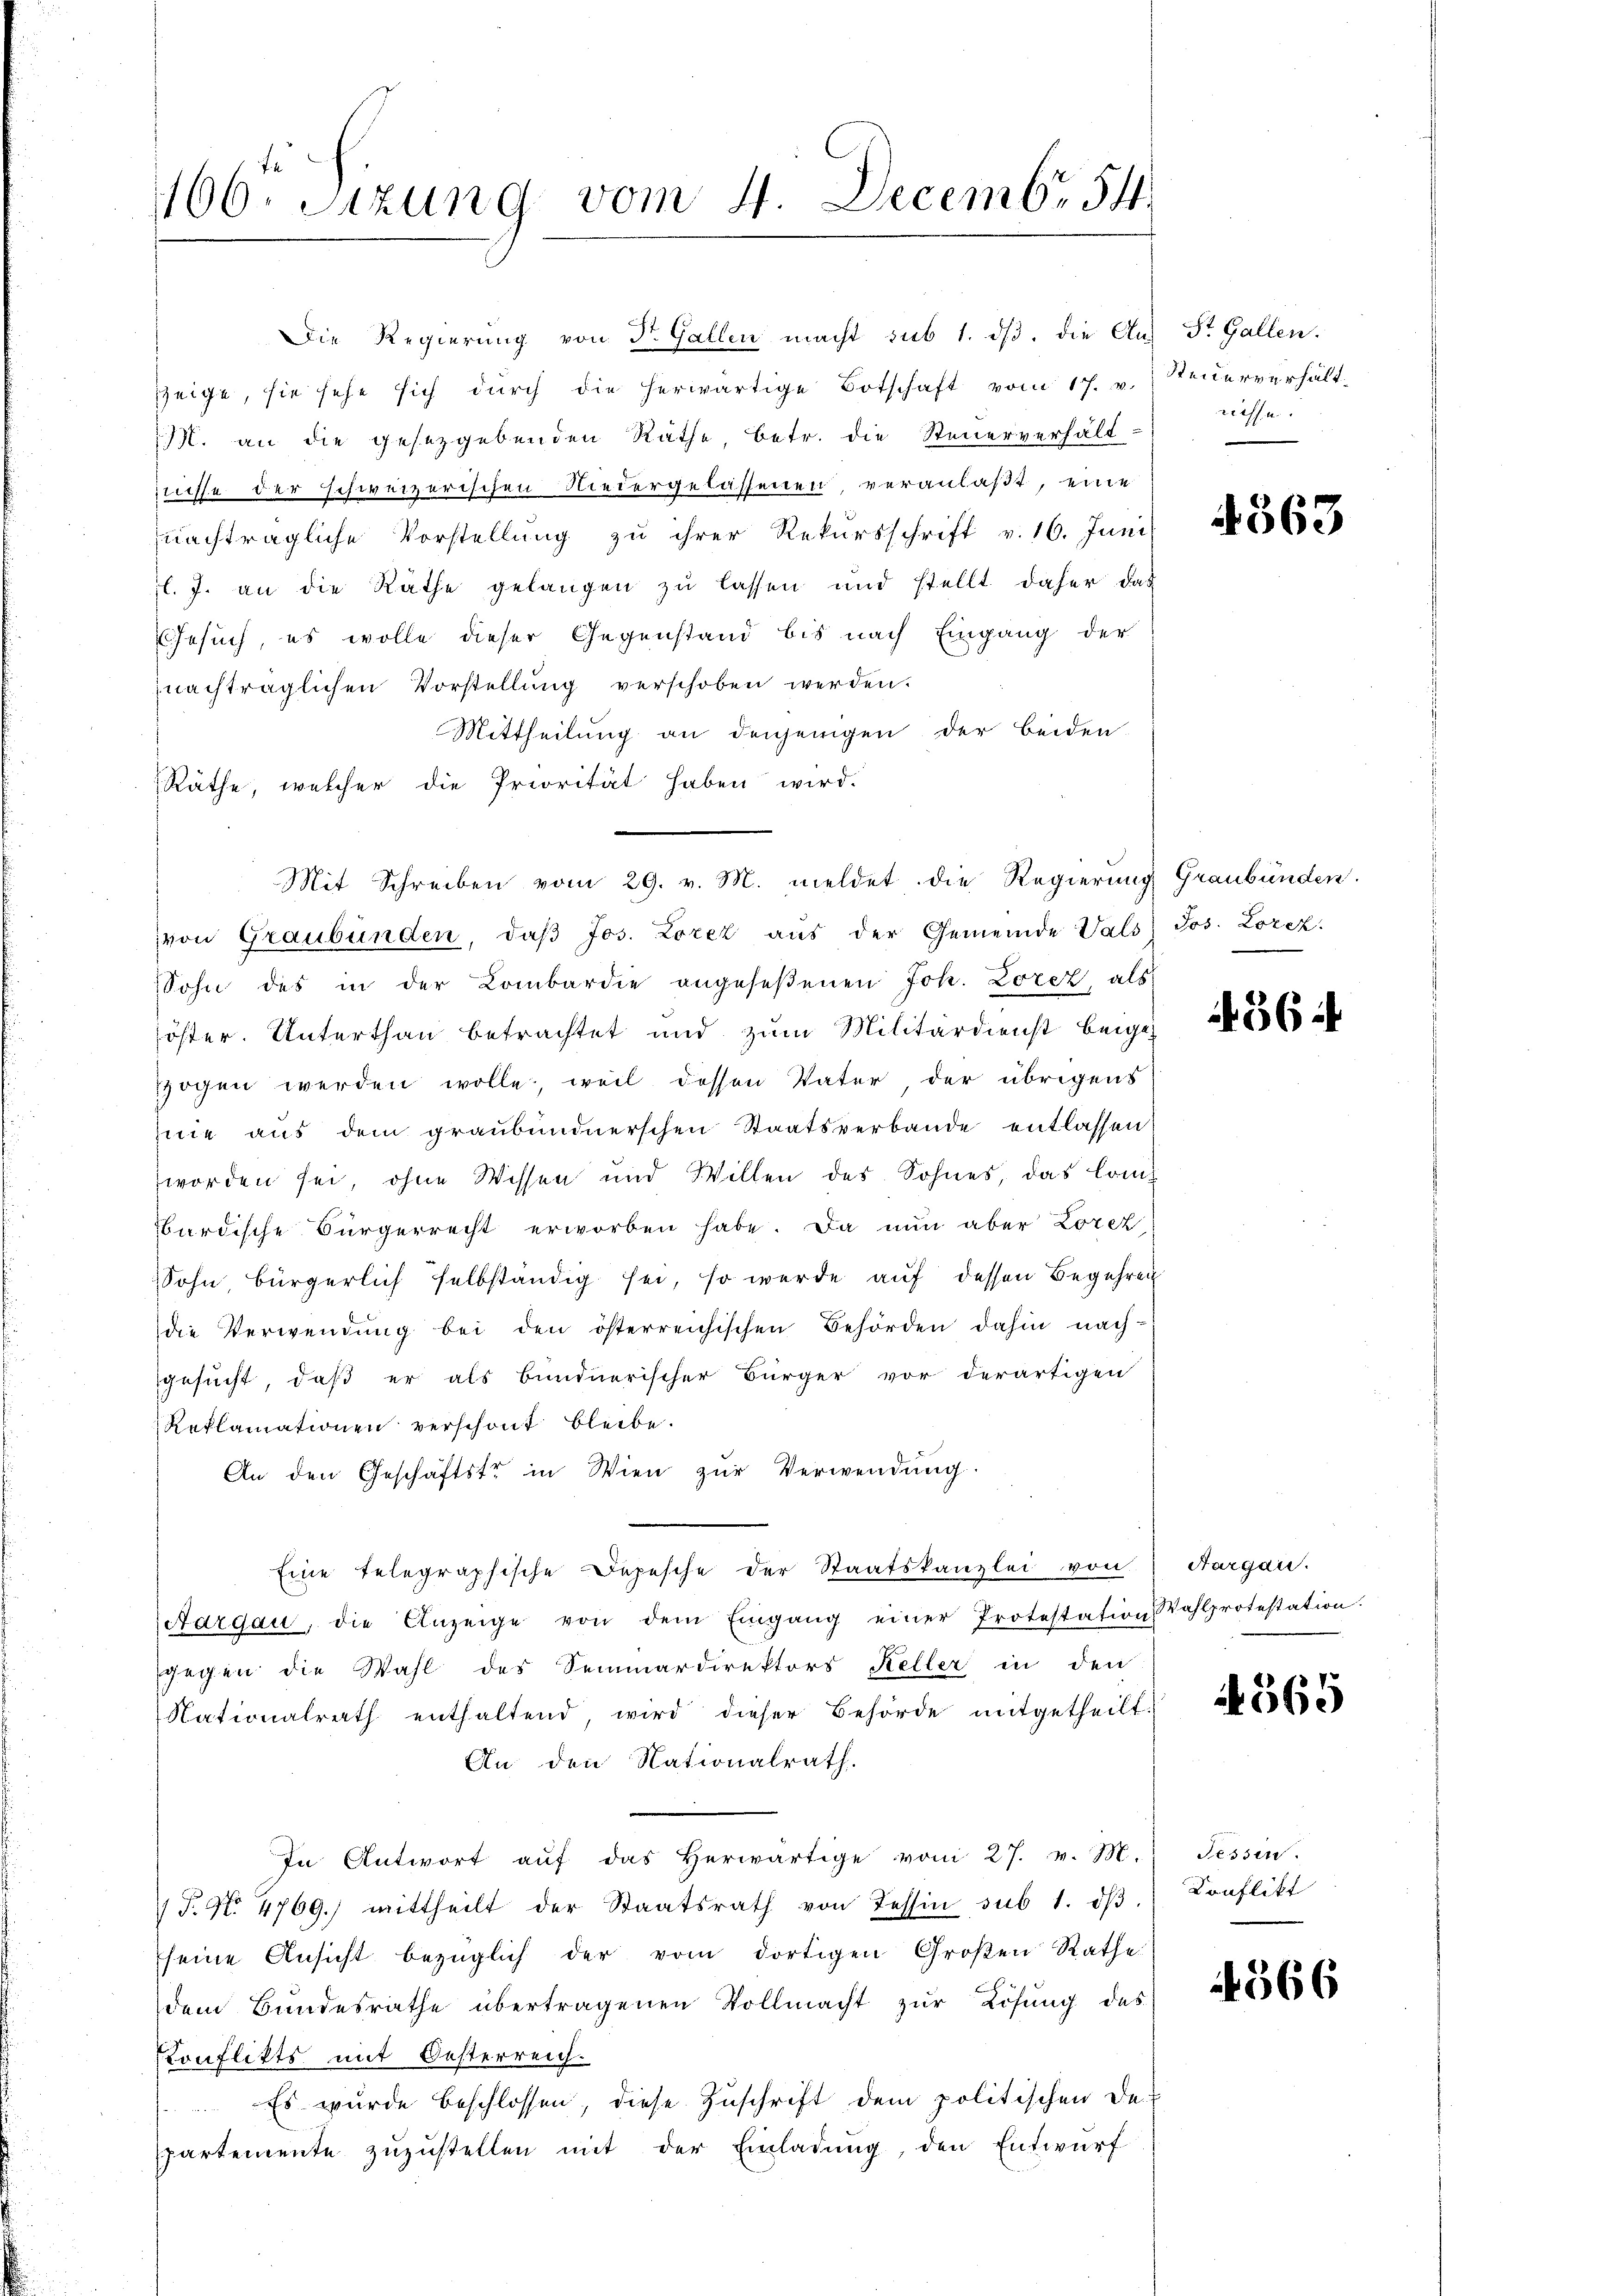
166. Sitzung vom 4. Decembr 54

Die Regierung von Dr. Gallen macht sub 1. dβ, die Aus St. Gallen.
zzeige, sie sehe sich dŭrch die herwärtige Botschaft vom 17. v.
M. an die gesetzgebenden Räthe, betr. die Steuerverhältnisse der schweizerischen Niedergelassenen, veranlaßt, eine
nachträgliche Vorstellŭng zu ihrer Rekursschrift v. 16. Juni
f. J. an die Räthe gelangen zu lassen und stellt daher das
Gesuch, es wolle dieser Gegenstand bis nach Eingang der
nachträglichen Vorstellŭng verschoben werden.
Mittheilung an denjenigen der beiden.
Räthe, welcher die Priorität haben wird.
von Graubünden, daβ Jos. Lorez aus der Gemeinde Vals) Jos. Lorez.
Sohn des in der Lombardie angeseßenen Joh. Loret, als
öster. Unterthan betrachtet und zum Militärdienst beigezogen werden wolle, weil dessen Vater, der übrigens
nie aus dem graubündnerschen Staatsverbande entlassen
worden sei, ohne Wissen und Willen des Sohnes, das Comardische Bürgerrecht erworben habe. Da nun aber Lorez
Sohn bürgerlich selbständig sei, so werde aŭf dessen Begehren
die Verwendŭng bei den österreichischen Behörden dahin nach-
gesucht, daß er als bundnerischer Bürger vor derartigen
Reklamationen verschont bleibe.
An den Geschäftste in Wien zŭr Verwendung.
Eine telegraphische Depesche der Staatskanzlei von Aargau.
Aargau, die Anzeige von dem Eingang einer Protestation Wahlprotestation.
gegen die Wahl des Semmärdirektors Keller in den
Nationalrath enthaltend, wird dieser Behörde mitgetheilt.
An den Nationalrath.
In Antwort aŭf das herwärtige vom 27. v. M. Tessin.
1T. No 4769) mittheilt der Staatsrath von Tessin sub 1. dβ.
seine Ansicht bezüglich der vom dortigen Großen Rathe
dem Bundesrathe übertragenen Vollmacht zur Lösung des
Konflikts mit Oesterreich-
 Es wurde beschlossen, diese Zuschrift dem politischen De-
partemente zuzustellen mit der Einladung, den Entwurf

Mit Schreiben vom 29. v. M. meldet die Regierung Graubünden.

Steuerverhältriessu

4363

564

565

Conflikt

566